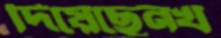
দিয়েছেনখ